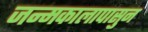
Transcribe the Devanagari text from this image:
जन्मकालापासुन